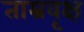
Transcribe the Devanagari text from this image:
ताम्रवृक्ष